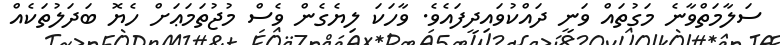
ސަލާމަތްވާނެ މަގުތައް ވަނީ ދައްކުވައިދީފައެވެ. ވާހަކަ ލިޔެގެން ވެސް މުޖުތަމަޢަށް ހެޔޮ ބަދަލުތަކެއް